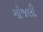
ગોજલી